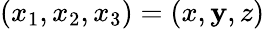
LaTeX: \left(x_{1},x_{2},x_{3}\right)=\left(x,\mathbf{y},z\right)